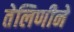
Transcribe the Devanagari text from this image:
तेलिणीने